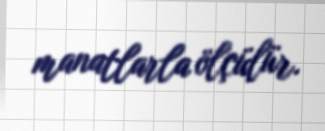
manatlarla ölçülür.